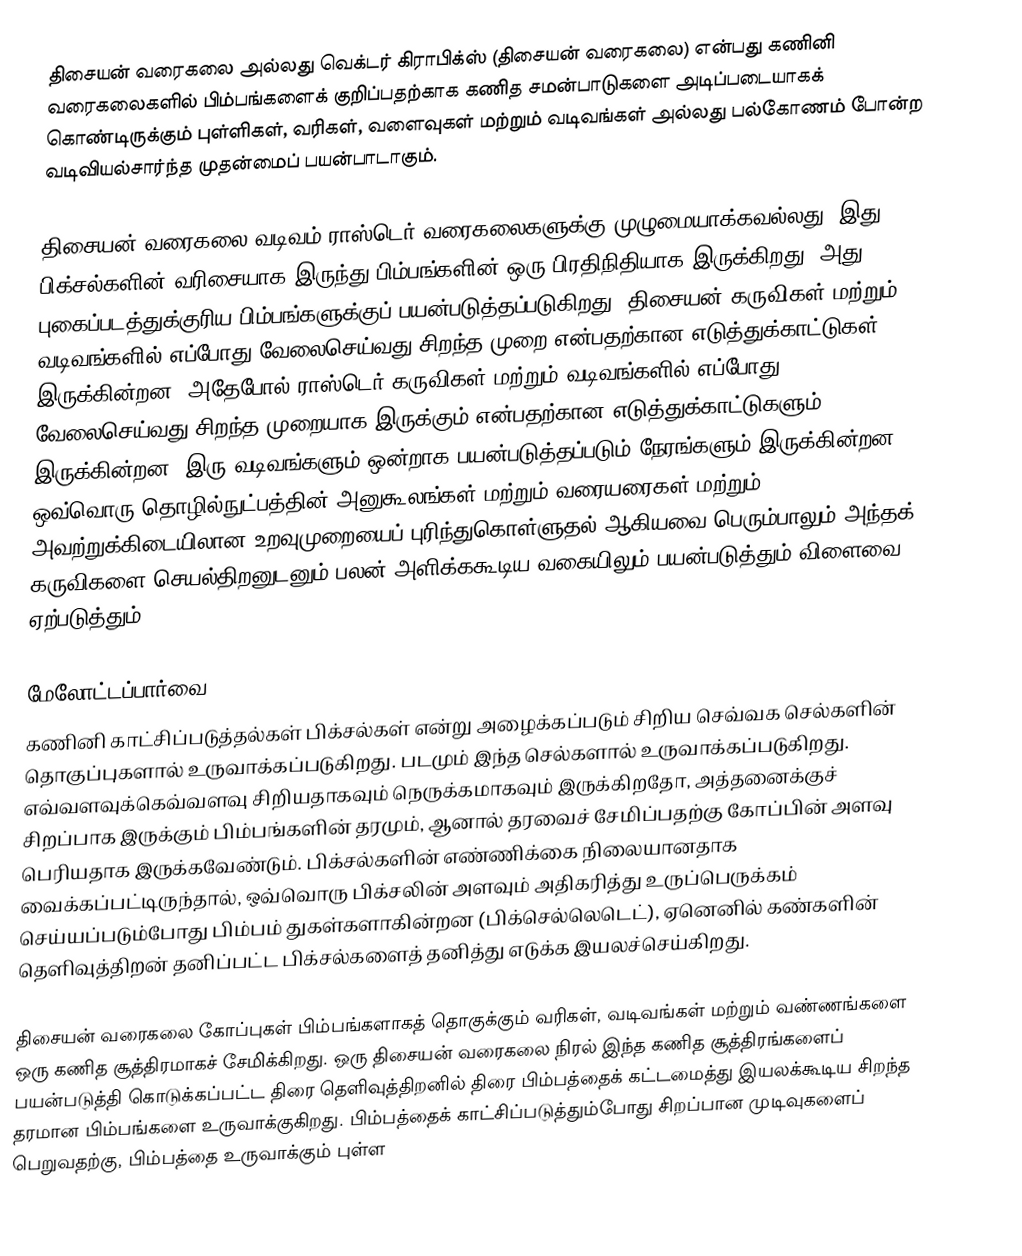
திசையன் வரைகலை அல்லது வெக்டர் கிராபிக்ஸ் (திசையன் வரைகலை) என்பது கணினி வரைகலைகளில் பிம்பங்களைக் குறிப்பதற்காக கணித சமன்பாடுகளை அடிப்படையாகக் கொண்டிருக்கும் புள்ளிகள், வரிகள், வளைவுகள் மற்றும் வடிவங்கள் அல்லது பல்கோணம் போன்ற வடிவியல்சார்ந்த முதன்மைப் பயன்பாடாகும்.

திசையன் வரைகலை வடிவம் ராஸ்டெர் வரைகலைகளுக்கு முழுமையாக்கவல்லது, இது பிக்சல்களின் வரிசையாக இருந்து பிம்பங்களின் ஒரு பிரதிநிதியாக இருக்கிறது, அது புகைப்படத்துக்குரிய பிம்பங்களுக்குப் பயன்படுத்தப்படுகிறது. திசையன் கருவிகள் மற்றும் வடிவங்களில் எப்போது வேலைசெய்வது சிறந்த முறை என்பதற்கான எடுத்துக்காட்டுகள் இருக்கின்றன, அதேபோல் ராஸ்டெர் கருவிகள் மற்றும் வடிவங்களில் எப்போது வேலைசெய்வது சிறந்த முறையாக இருக்கும் என்பதற்கான எடுத்துக்காட்டுகளும் இருக்கின்றன. இரு வடிவங்களும் ஒன்றாக பயன்படுத்தப்படும் நேரங்களும் இருக்கின்றன. ஒவ்வொரு தொழில்நுட்பத்தின் அனுகூலங்கள் மற்றும் வரையரைகள் மற்றும் அவற்றுக்கிடையிலான உறவுமுறையைப் புரிந்துகொள்ளுதல் ஆகியவை பெரும்பாலும் அந்தக் கருவிகளை செயல்திறனுடனும் பலன் அளிக்ககூடிய வகையிலும் பயன்படுத்தும் விளைவை ஏற்படுத்தும்.

மேலோட்டப்பார்வை
கணினி காட்சிப்படுத்தல்கள் பிக்சல்கள் என்று அழைக்கப்படும் சிறிய செவ்வக செல்களின் தொகுப்புகளால் உருவாக்கப்படுகிறது. படமும் இந்த செல்களால் உருவாக்கப்படுகிறது. எவ்வளவுக்கெவ்வளவு சிறியதாகவும் நெருக்கமாகவும் இருக்கிறதோ, அத்தனைக்குச் சிறப்பாக இருக்கும் பிம்பங்களின் தரமும், ஆனால் தரவைச் சேமிப்பதற்கு கோப்பின் அளவு பெரியதாக இருக்கவேண்டும். பிக்சல்களின் எண்ணிக்கை நிலையானதாக வைக்கப்பட்டிருந்தால், ஒவ்வொரு பிக்சலின் அளவும் அதிகரித்து உருப்பெருக்கம் செய்யப்படும்போது பிம்பம் துகள்களாகின்றன (பிக்செல்லெடெட்), ஏனெனில் கண்களின் தெளிவுத்திறன் தனிப்பட்ட பிக்சல்களைத் தனித்து எடுக்க இயலச்செய்கிறது.

திசையன் வரைகலை கோப்புகள் பிம்பங்களாகத் தொகுக்கும் வரிகள், வடிவங்கள் மற்றும் வண்ணங்களை ஒரு கணித சூத்திரமாகச் சேமிக்கிறது. ஒரு திசையன் வரைகலை நிரல் இந்த கணித சூத்திரங்களைப் பயன்படுத்தி கொடுக்கப்பட்ட திரை தெளிவுத்திறனில் திரை பிம்பத்தைக் கட்டமைத்து இயலக்கூடிய சிறந்த தரமான பிம்பங்களை உருவாக்குகிறது. பிம்பத்தைக் காட்சிப்படுத்தும்போது சிறப்பான முடிவுகளைப் பெறுவதற்கு, பிம்பத்தை உருவாக்கும் புள்ள